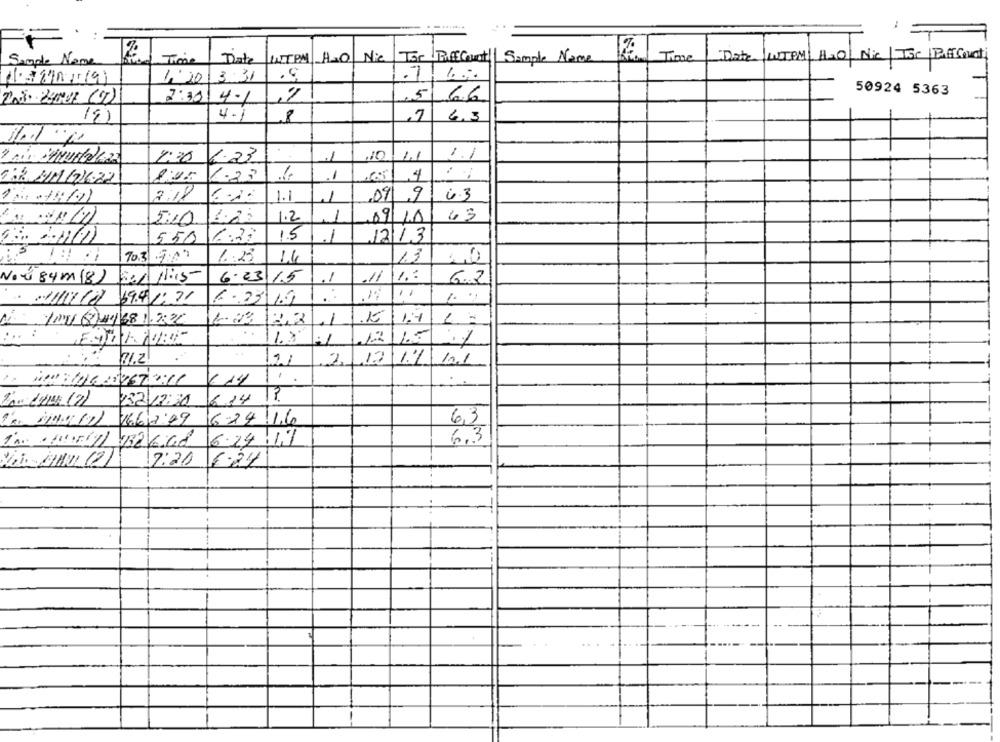
Date
H10| Nie
Tor Puffweet| Sample Name
Time
Date/WTPM| H10| Nic| The PuffCerati
Sample Name
Time
1: 20 3:31
5
6.6
50924 5363
2:30 4-1
19)
4.1
8
6,3
11.1 /1
1.1
1:30
6.23
,10
1.1
1.25
.1
65
1:2 MM1216.22
7:18
1.1
1
09 9
6.3
43
5:10
1.25
1.2
09/10
550
6:33
15
1213
.1
3
70.3 7:
1 .: 23
14
13
Neú 84m (8)
821 11:15
6.23 15
.1
11
6.2
69.4 1;31
6.23/19
1AV (8144 68 1.2:30
12,2
14
.1
:
11.8
:1
12
1.5
71.2
21
.2
113
1.1 10.1
614
Lan Cy (7)
6.24
232/12:30
La Mino1 166 2:49
624 1.6
6,3
6.3
1 1/182 668 6.24 1,7
EGGS GIBIOL (2)
17:20
1€.24